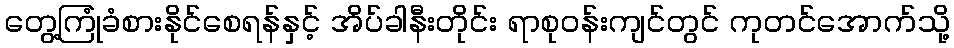
တွေ့ကြုံခံစားနိုင်စေရန်နှင့် အိပ်ခါနီးတိုင်း ရာစုဝန်းကျင်တွင် ကုတင်အောက်သို့